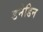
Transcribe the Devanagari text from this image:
डनेडिन